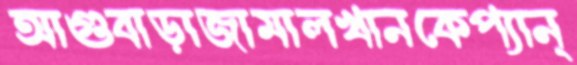
আগুবাড়াজামালখানকেপ্যান্